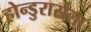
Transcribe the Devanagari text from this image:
होन्डुरासला